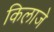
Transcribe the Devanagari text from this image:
किलाजे